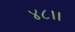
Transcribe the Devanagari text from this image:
४८।।